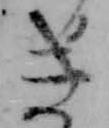
き